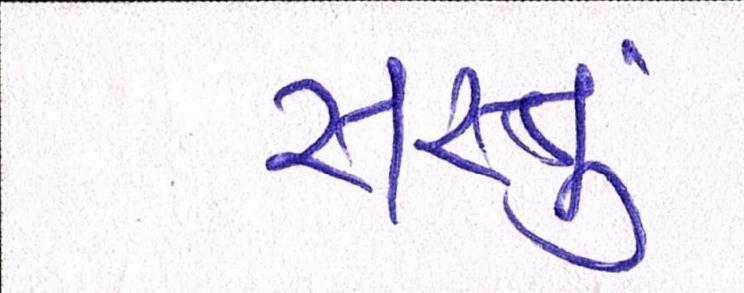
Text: સસ્તું